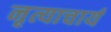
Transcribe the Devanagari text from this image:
नृत्याचार्य